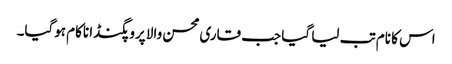
اس کا نام تب لیا گیا جب قاری محسن والا پروپگنڈا ناکام ہوگیا۔